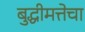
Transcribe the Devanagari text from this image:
बुद्धीमत्तेचा